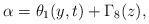
LaTeX: \begin{align*}\alpha=\theta_{1}(y,t)+\Gamma_{8}(z), \end{align*}